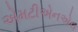
એમટીએનએલ